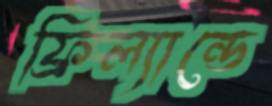
ফ্রিল্যান্ডে